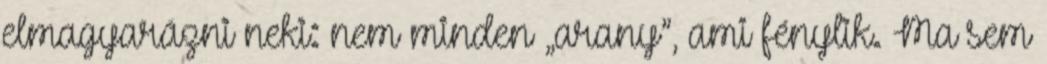
elmagyarázni neki: nem min­den „a­rany”, ami fénylik. Ma sem